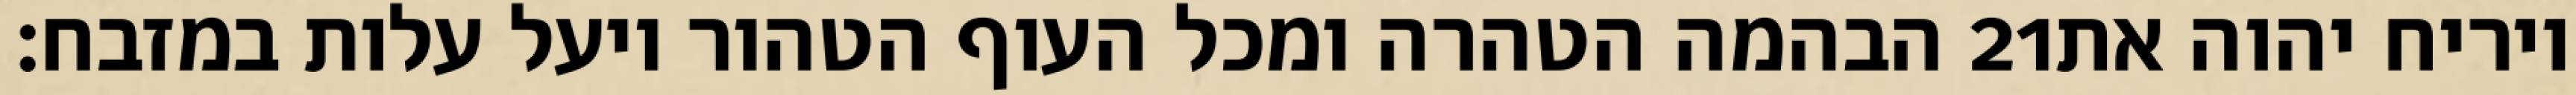
הבהמה הטהרה ומכל העוף הטהור ויעל עלות במזבח׃ ‎21‏ ויריח יהוה את